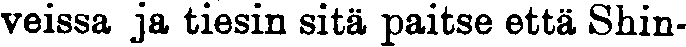
veissa ja tiesin sitä paitse että Shin-